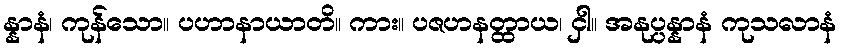
န္နာနံ၊ ကုန်သော။ ပဟာနာယာတိ။ ကား။ ပဇဟနတ္ထာယ၊ ငှါ။ အနုပ္ပန္နာနံ ကုသလာနံ